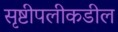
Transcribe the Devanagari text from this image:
सृष्टीपलीकडील